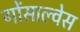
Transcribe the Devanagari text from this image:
गोंसाल्वेस